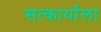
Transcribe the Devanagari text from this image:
सत्कार्याला